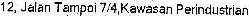
12, JALAN TAMPOI 7/4,KAWASAN PERINDUSTRIAN